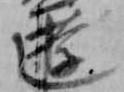
遊